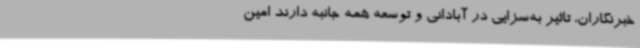
خبرنگاران، تاثیر به‌سزایی در آبادانی و توسعه همه جانبه دارند امین